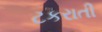
ટકરાતી